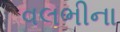
વલભીના